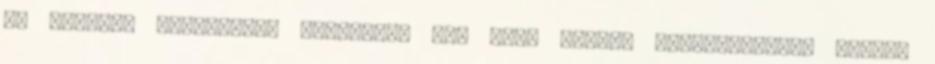
Ha Reevent kérdezném, meglehet, már csak dacból félrevezetne. Hiszen